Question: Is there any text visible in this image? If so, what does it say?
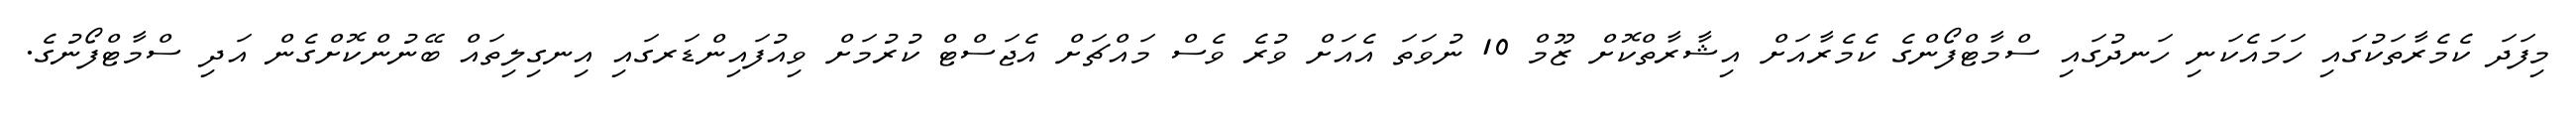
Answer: މިފަދަ ކެމެރާތަކުގައި ހަމައެކަނި ހަނދުގައި ސްމާޓްފޯންގެ ކެމެރާއަށް އިޝާރާތްކޮށް ޒޫމް 10 ނުވަތަ އެއަށް ވުރެ ވެސް މައްޗަށް އެޖަސްޓް ކުރުމަށް ވިއުފައިންޑަރގައި އިނގިލިތައް ބޭނުންކޮށްގެން އަދި ސްމާޓްފޯނުގެ.